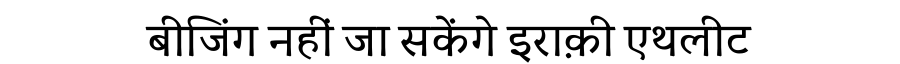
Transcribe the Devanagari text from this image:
बीजिंग नहीं जा सकेंगे इराक़ी एथलीट